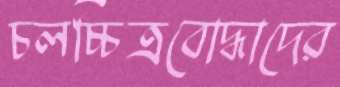
চলচ্চিত্রবোদ্ধাদের